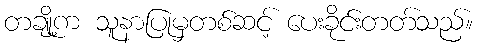
တချို့က သူနာပြုမှတစ်ဆင့် ပေးခိုင်းတတ်သည်။